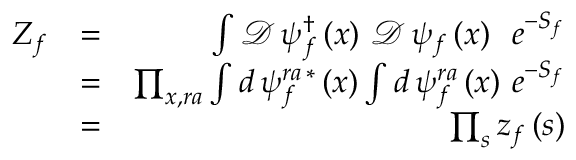
\begin{array} { r l r } { Z _ { f } } & { = } & { \int \mathcal { D } \, \psi _ { f } ^ { \dag } \left( x \right) \, \mathcal { D } \, \psi _ { f } \left( x \right) \, \, \, e ^ { - S _ { f } } } \\ & { = } & { \prod _ { x , r a } \int d \, \psi _ { f } ^ { r a \, \ast } \left( x \right) \int d \, \psi _ { f } ^ { r a } \left( x \right) \, e ^ { - S _ { f } } } \\ & { = } & { \prod _ { s } z _ { f } \left( s \right) } \end{array}